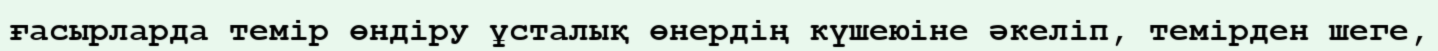
ғасырларда темір өндіру ұсталық өнердің күшеюіне әкеліп, темірден шеге,